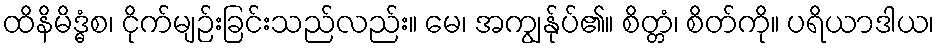
ထိနိမိဒ္ဓံစ၊ ငိုက်မျဉ်းခြင်းသည်လည်း။ မေ၊ အကျွန်ုပ်၏။ စိတ္တံ၊ စိတ်ကို။ ပရိယာဒါယ၊